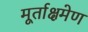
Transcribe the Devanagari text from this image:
मूर्ताक्षमेण